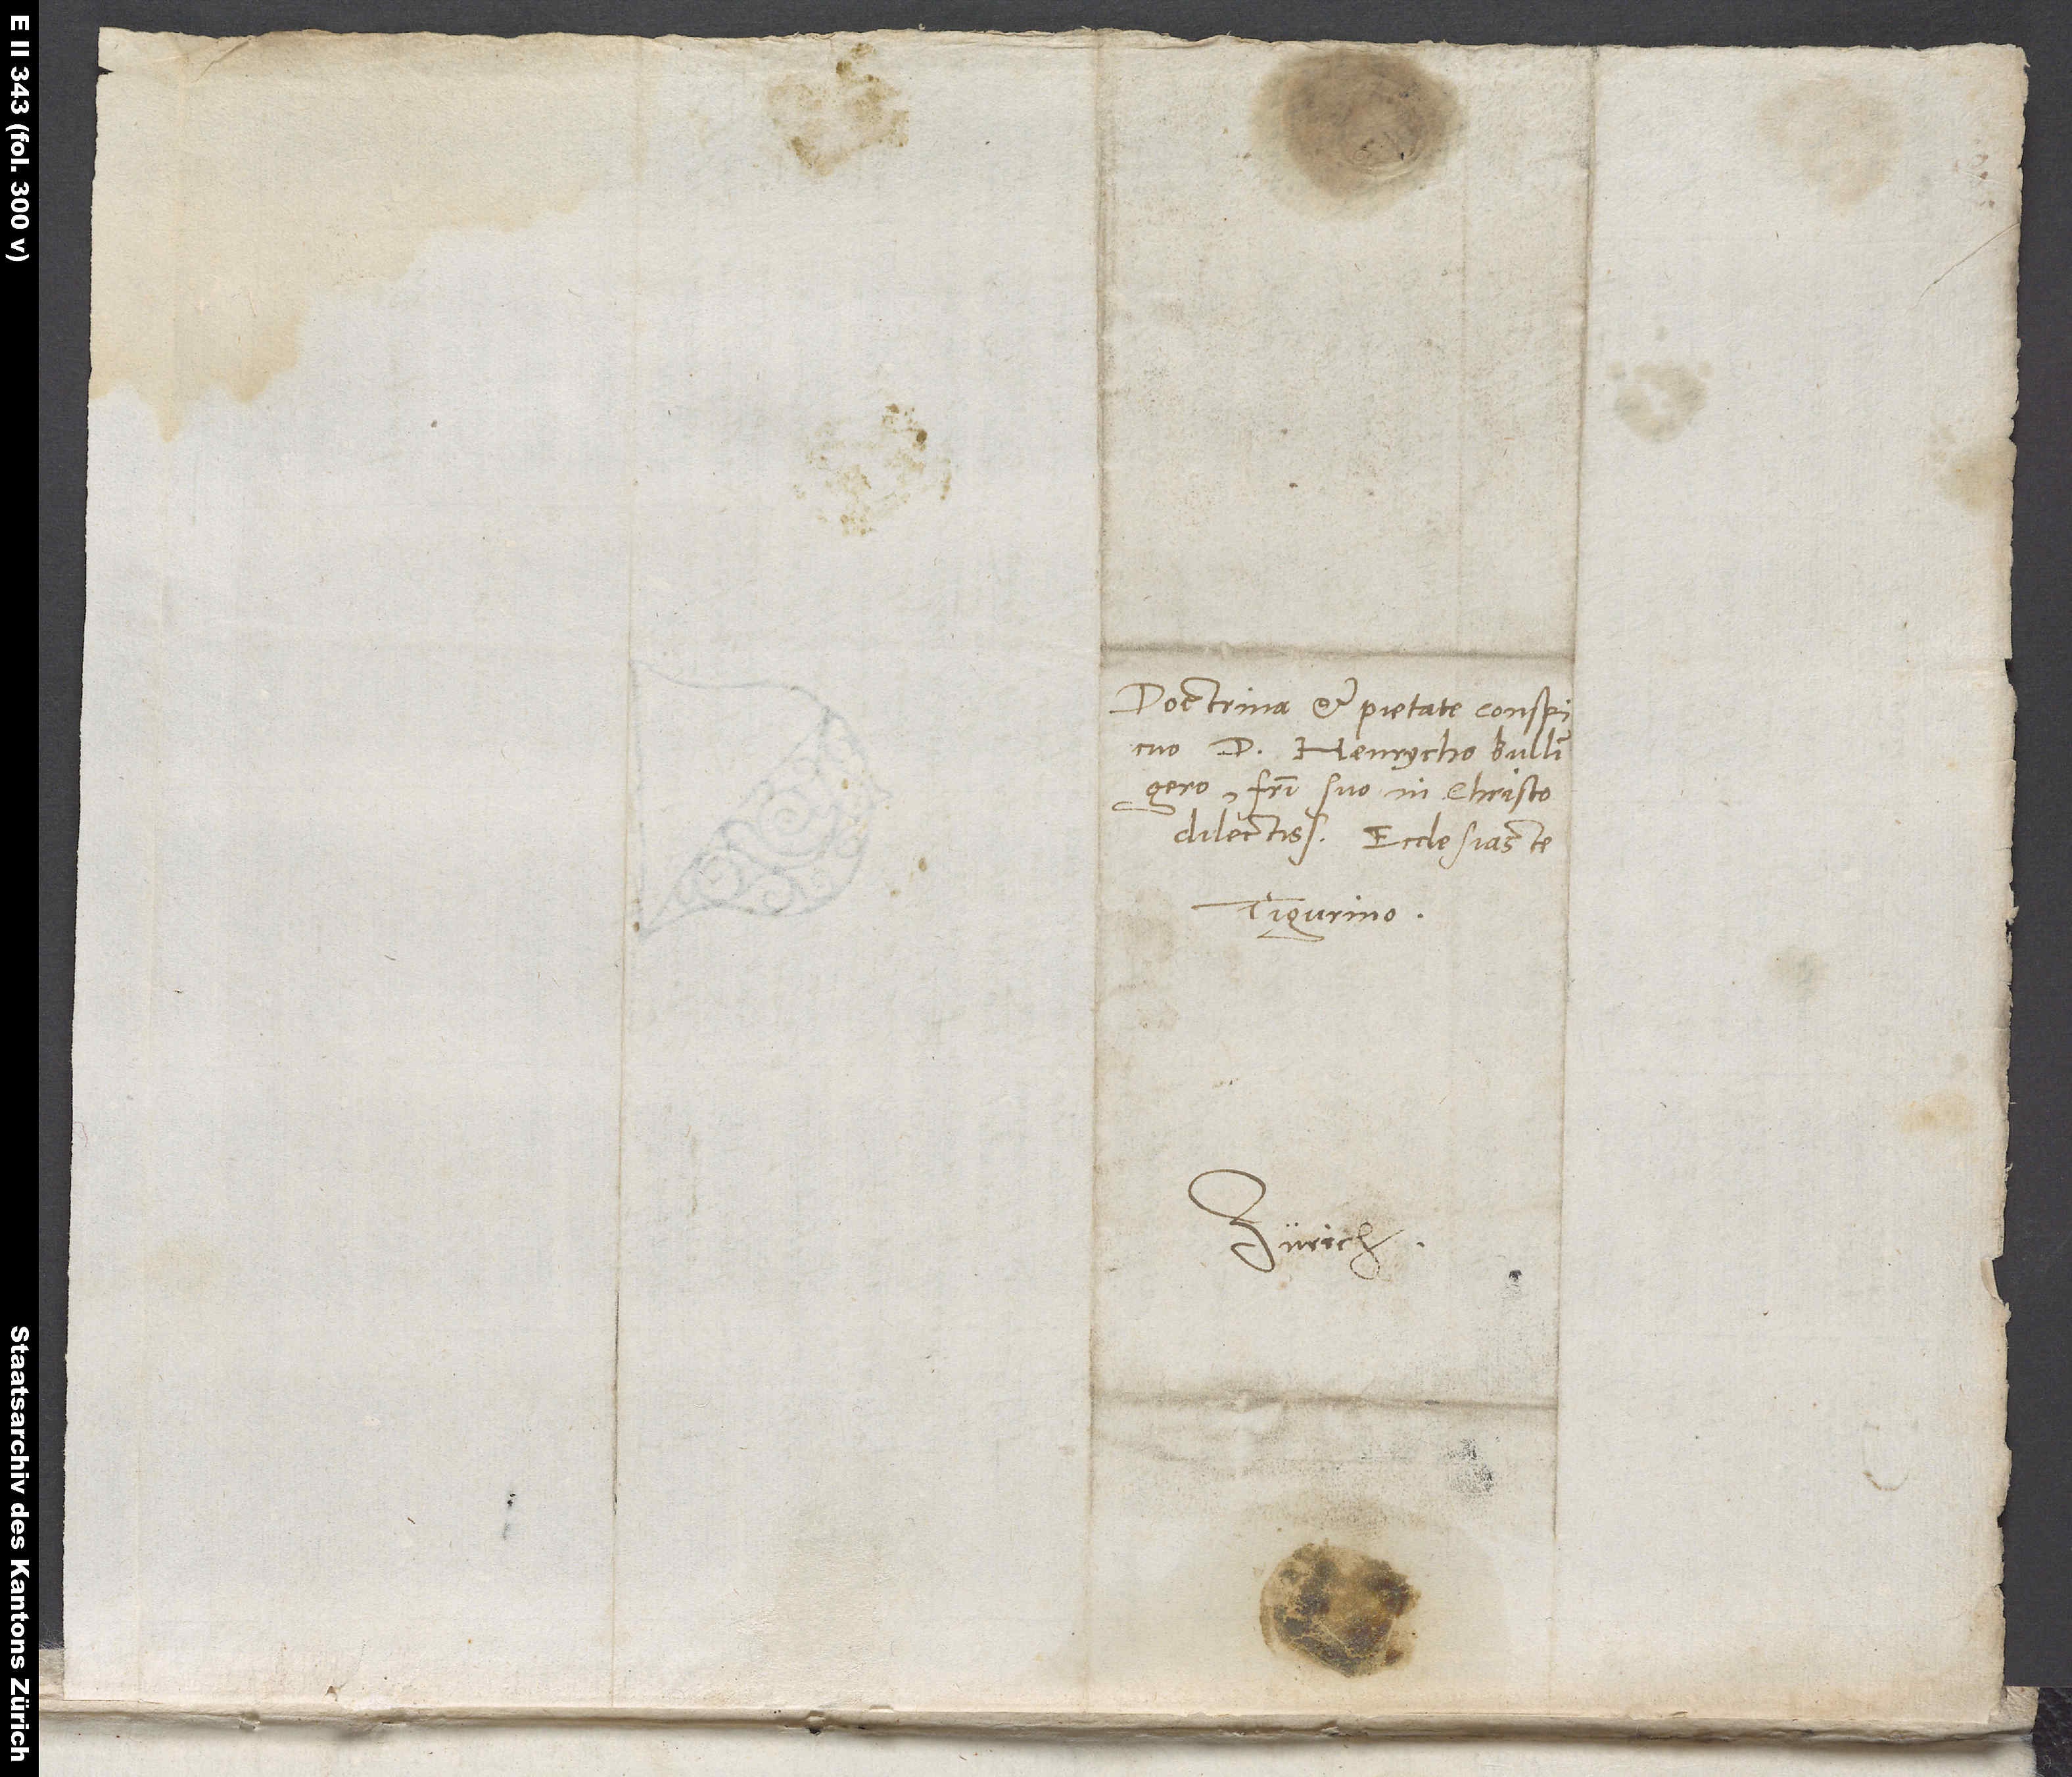
Doctrina et pietate conspicuo
d. Henrycho Bullingero,
fratri suo in Christo
dilectissimo, ecclesiaste
Tigurino.
Zürich.